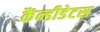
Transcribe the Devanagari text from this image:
कैंन्डीडेटस